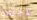
عاجزين